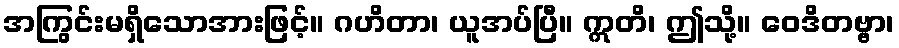
အကြွင်းမရှိသောအားဖြင့်။ ဂဟိတာ၊ ယူအပ်ပြီ။ ဣတိ၊ ဤသို့။ ဝေဒိတဗ္ဗာ၊